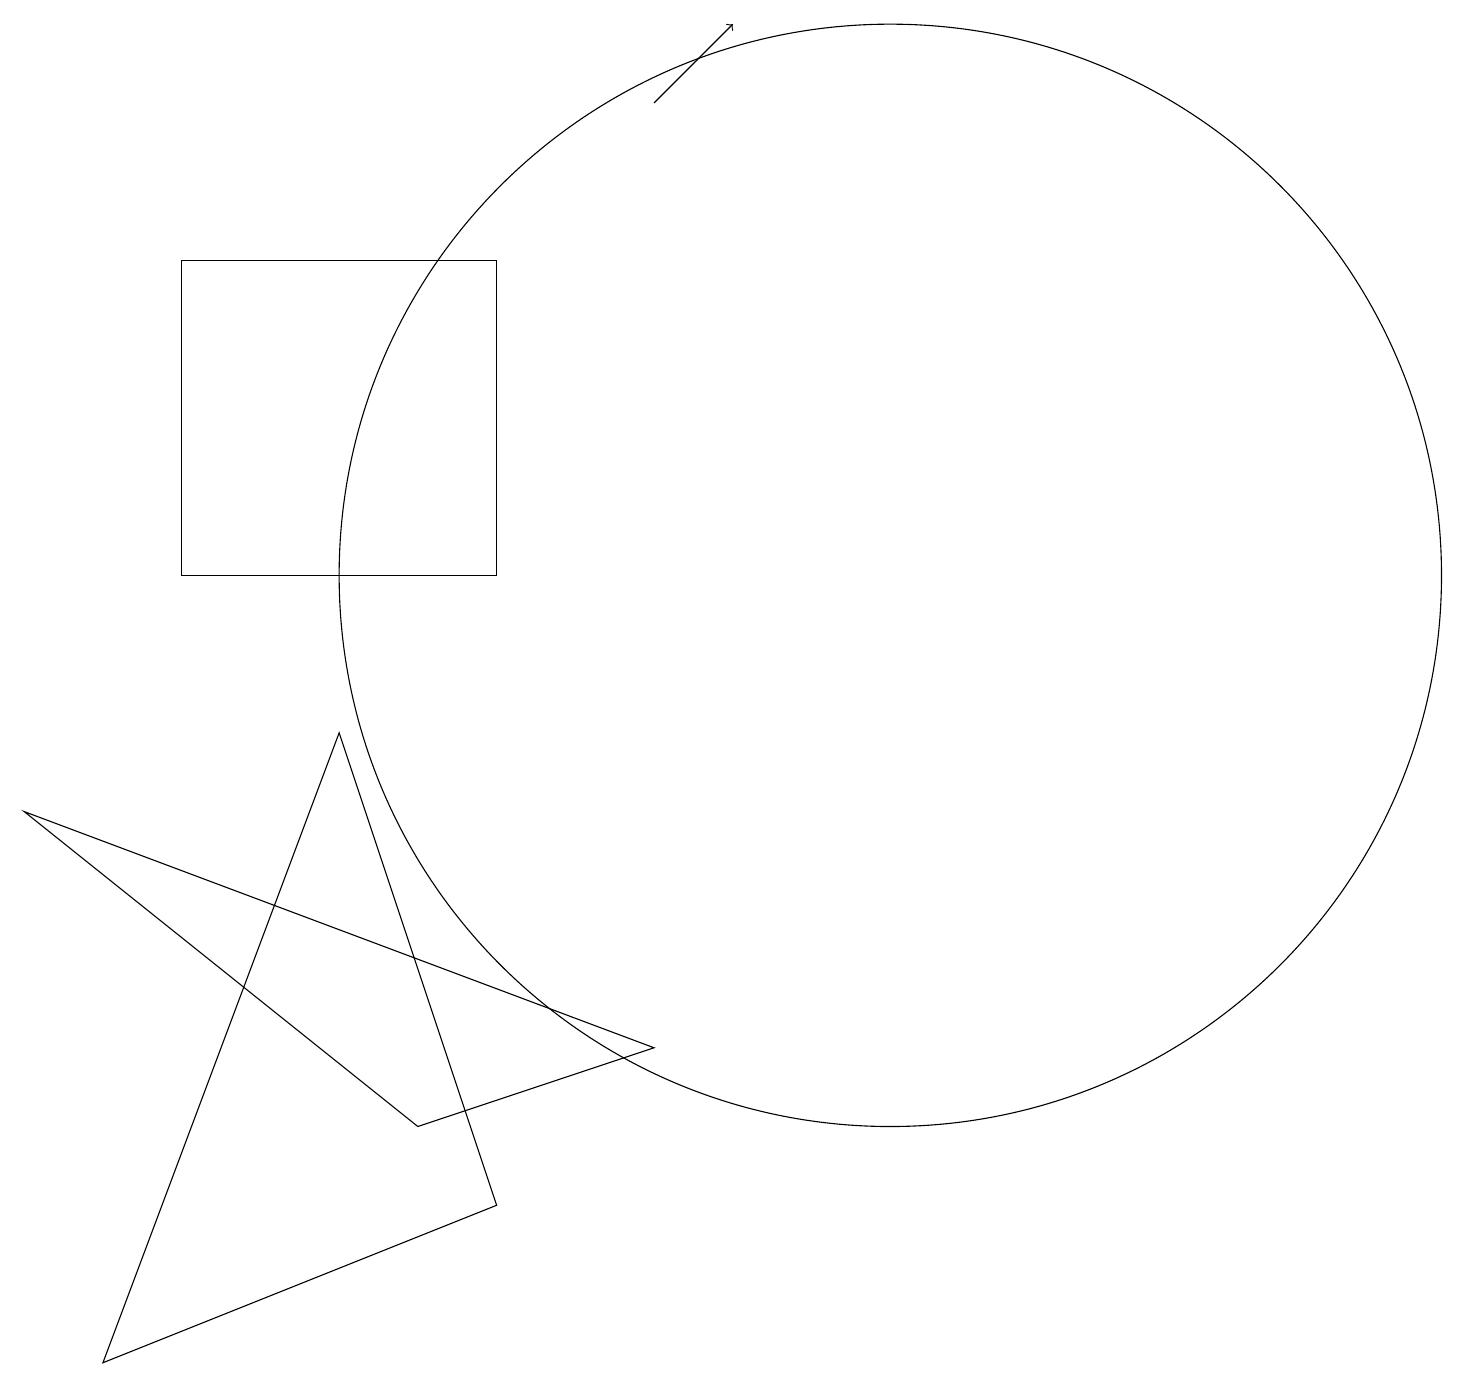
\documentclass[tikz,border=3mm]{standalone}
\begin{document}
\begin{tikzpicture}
\draw (8,4) -- (0,7) -- (5,3) -- cycle;
\draw (2,14) rectangle (6,10);
\draw (11,10) circle (7);
\draw (1,0) -- (4,8) -- (6,2) -- cycle;
\draw[->] (8,16) -- (9,17);
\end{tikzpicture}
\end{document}